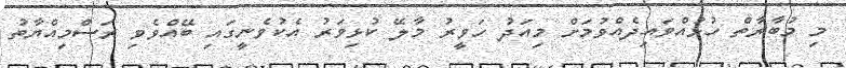
މި މުބާރާތް ހުޅުއްވައިދެއްވުމަށް މިއަދު ހަވީރު މާލޭ ކުޅިވަރު އެކުވެނީގައި ބޭއްވެވި ރަސްމިއްޔާތު